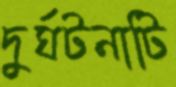
দুর্ঘটনাটি